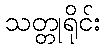
သတ္တုရိုင်း